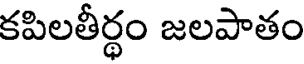
కపిలతీర్థం జలపాతం